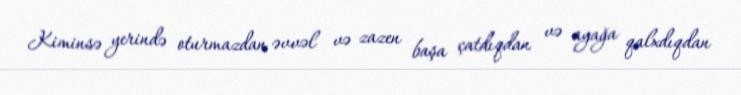
Kiminsə yerində oturmazdan əvvəl və zazen başa çatdıqdan və ayağa qalxdıqdan